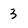
Character: 3